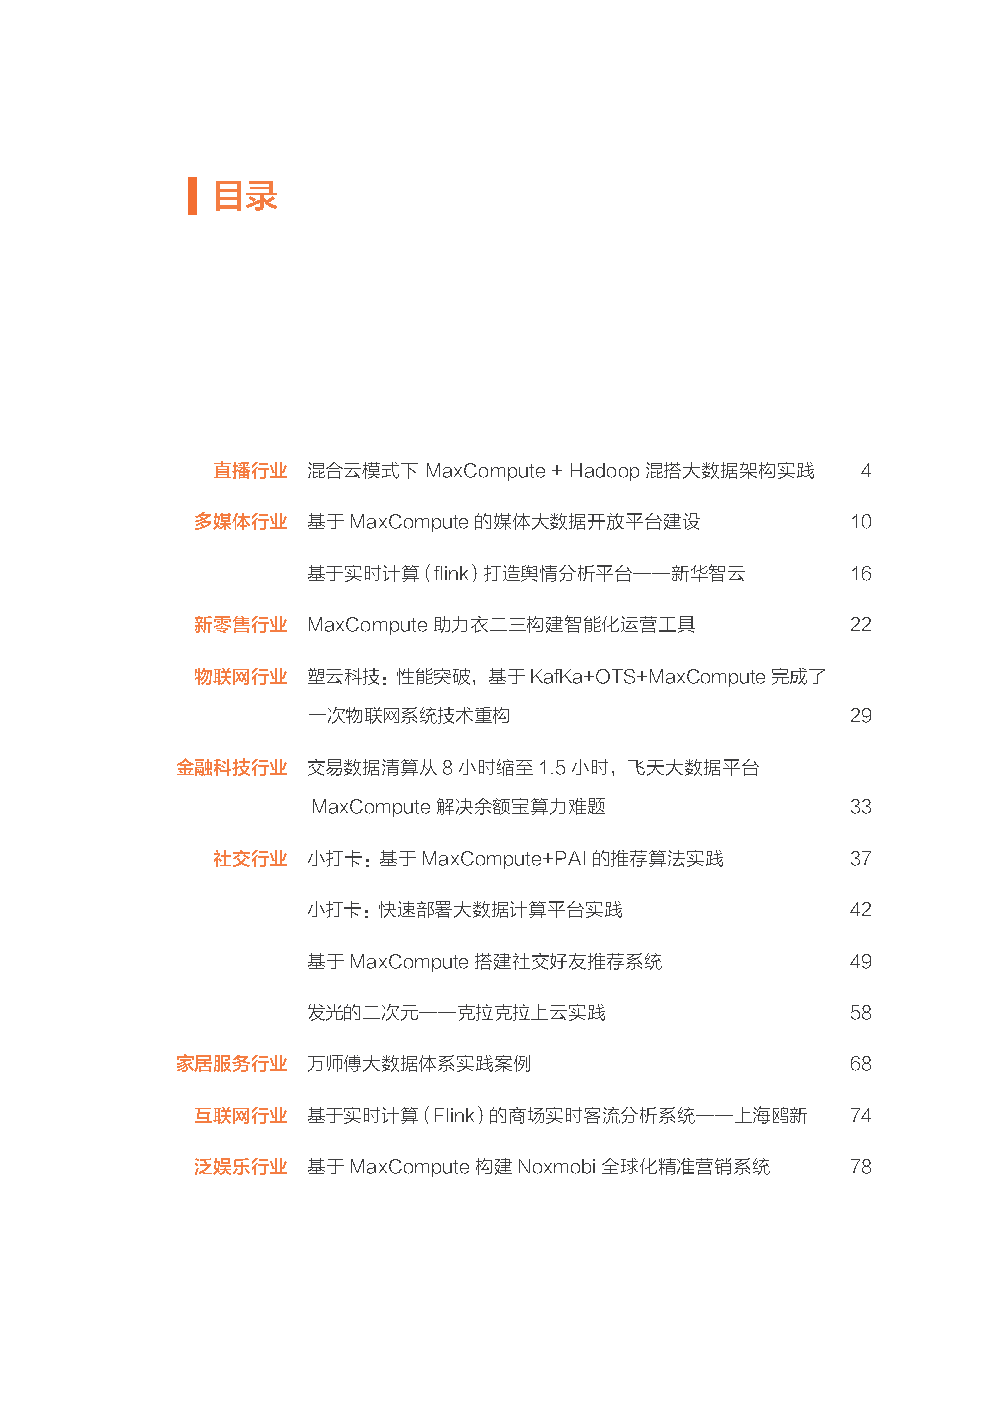
目录
 直播行业  混合云模式下  MaxCompute + Hadoop 混搭大数据架构实践 4
 扫一扫二维码图案，关注我吧 多媒体行业 基于MaxCompute的媒体大数据开放平台建设            10
 基于实时计算（flink）打造舆情分析平台——新华智云         16
 新零售行业  MaxCompute 助力衣二三构建智能化运营工具           22
 物联网行业  塑云科技：性能突破，基于KafKa+OTS+MaxCompute 完成了
 一次物联网系统技术重构                         29
 金融科技行业  交易数据清算从8小时缩至1.5小时，飞天大数据平台
 阿里云实时计算 MaxCompute开发者交流钉钉群
 MaxCompute解决余额宝算力难题                33
 社交行业  小打卡：基于MaxCompute+PAI的推荐算法实践         37
 小打卡：快速部署大数据计算平台实践                   42
 基于MaxCompute搭建社交好友推荐系统              49
 发光的二次元——克拉克拉上云实践                    58
 DataWorks 开发者交流钉钉群 扫码关注阿里技术
 家居服务行业  万师傅大数据体系实践案例                        68
 互联网行业  基于实时计算（Flink）的商场实时客流分析系统——上海鸥新      74
 泛娱乐行业  基于MaxCompute构建Noxmobi全球化精准营销系统      78